Scottish Leaving Certificate Examination, 1954
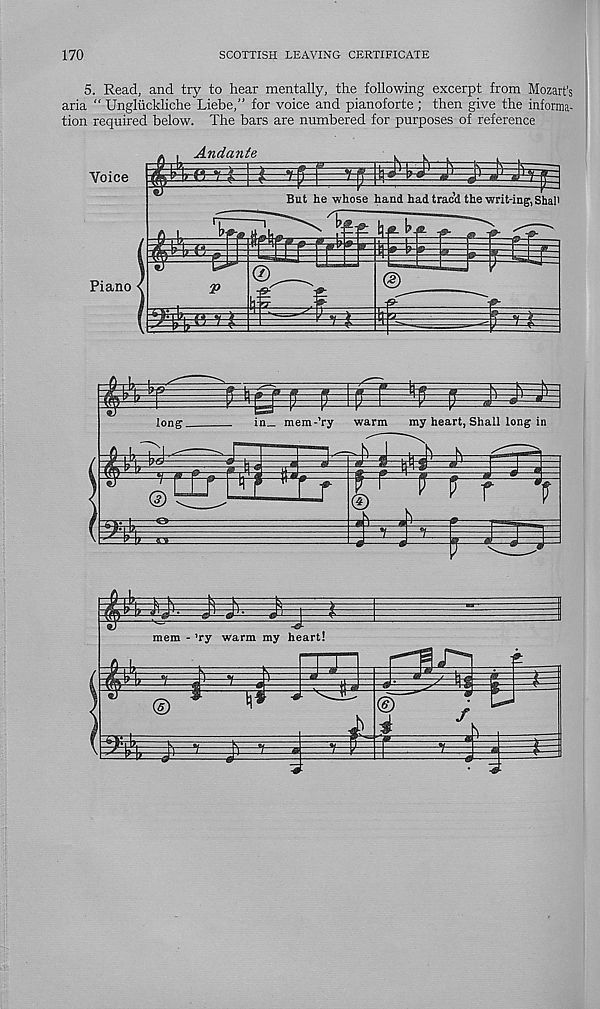
170
SCOTTISH LEAVING CERTIFICATE
5. Read, and try to hear mentally, the following excerpt from Mozart’s
aria “ Ungliickliche Liebe,” for voice and pianoforte ; then give the informa-
tion required below. The bars are numbered for purposes of reference
Andante
Voice
But he whose hand had trac’d the writ-ing', Shall
^ k
Piano
£2
s-
M
long.
in_ mem-’ry warm my heart, Shall long in
fri i
rtl f / J V
Li
®
i
r
mem - ’ry warm my heart!
©
f